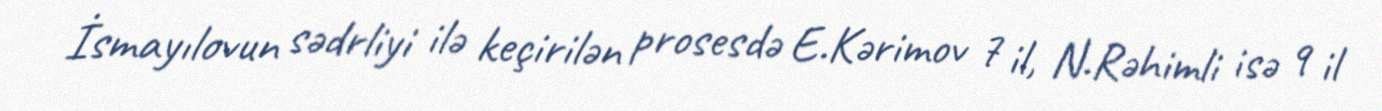
İsmayılovun sədrliyi ilə keçirilən prosesdə E.Kərimov 7 il, N.Rəhimli isə 9 il